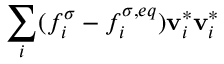
\sum _ { i } ( f _ { i } ^ { \sigma } - f _ { i } ^ { \sigma , e q } ) \mathbf { v } _ { i } ^ { * } \mathbf { v } _ { i } ^ { * }